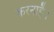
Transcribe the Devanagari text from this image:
करनाहै।